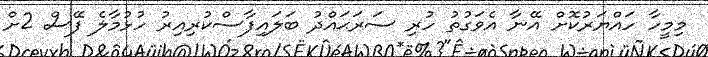
މިމީހާ ހައްޔަރުކޮށް އޭނާ އެވަގުތު ހުރި ސަރަޙައްދު ބަލައިފާސްކުރިއިރު ހުޅުމާލެ ފޭސް 2ށް